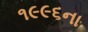
૧૯૯૬ના